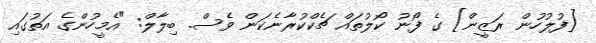
[ފުލުހުން ރަޒީން] ގެ ފޯނު ކޯލުތައް ޗެކްކުރާނެކަން ވެސް. ބިލާލް: "އެމީހުންގެ އަތުގައި